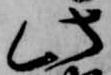
此